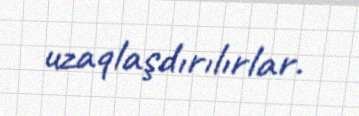
uzaqlaşdırılırlar.